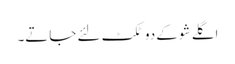
اگلے شو کے دو ٹکٹ لئے جاتے۔